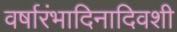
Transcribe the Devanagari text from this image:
वर्षारंभादिनादिवशी